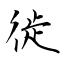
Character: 徙